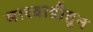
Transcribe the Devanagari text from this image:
मारवाडीतून